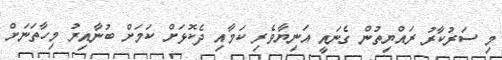
މި ސަރުކާރު ރައްޔިތުން ގެނައީ އަނިޔާވެރި ކަމާއި ދެކޮޅަށް ކަމަށް ބުނާއިރު މިހާތަނަށް